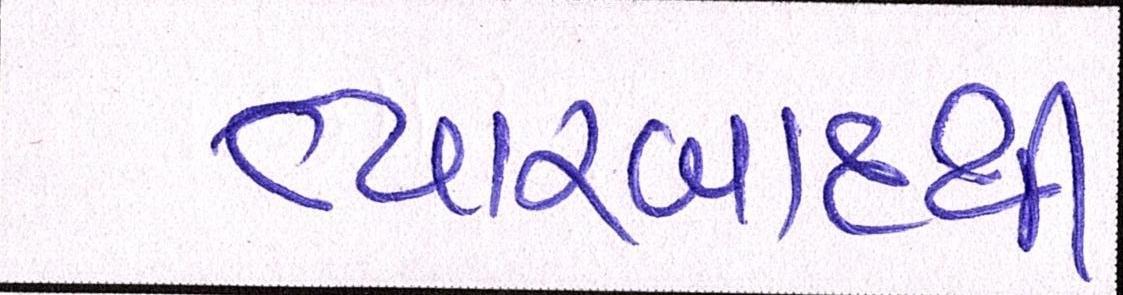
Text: ત્યારબાદથી